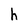
Character: h